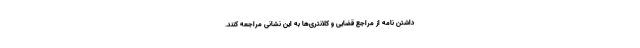
داشتن نامه از مراجع قضایی و کلانتری‌ها به این نشانی مراجعه کنند.